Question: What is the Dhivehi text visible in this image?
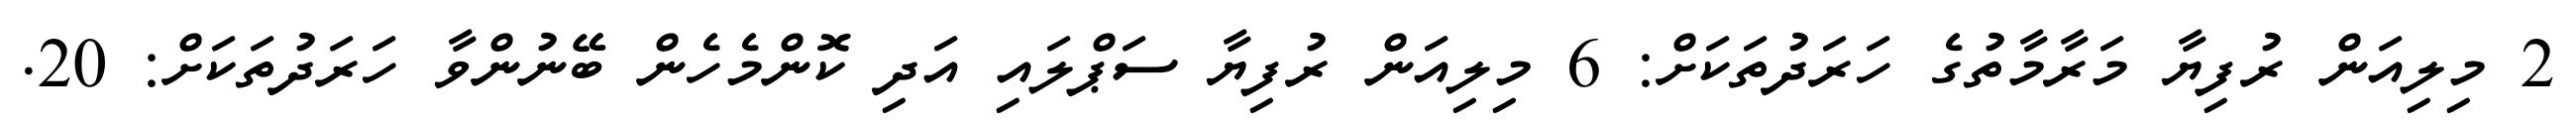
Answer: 2 މިލިއަން ރުފިޔާ މަރާމާތުގެ ހަރަދުތަކަށް: 6 މިލިއަން ރުފިޔާ ސަޕްލައި އަދި ކޮންމެހެން ބޭނުންވާ ހަރަދުތަކަށް: 20.